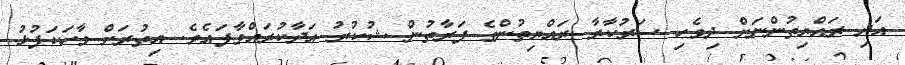
އަދި ރައްޔިތުންނަށް ދިވެހި ސަރުކާރާ ރައްޔިތުންގެ ފަރާތުން ޝުކުރު އަދާކުރައްވާފައެވެ. އިތުރަށް ވާހަކަފުޅު